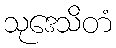
သုဒေသိတံ